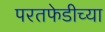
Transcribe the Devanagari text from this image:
परतफेडीच्या